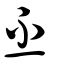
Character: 丕